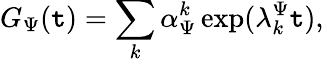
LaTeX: G_{\Psi}(\mathtt{t})=\sum_{k}\alpha_{\Psi}^{k}\exp(\lambda_{k}^{\Psi}\mathtt{t}),